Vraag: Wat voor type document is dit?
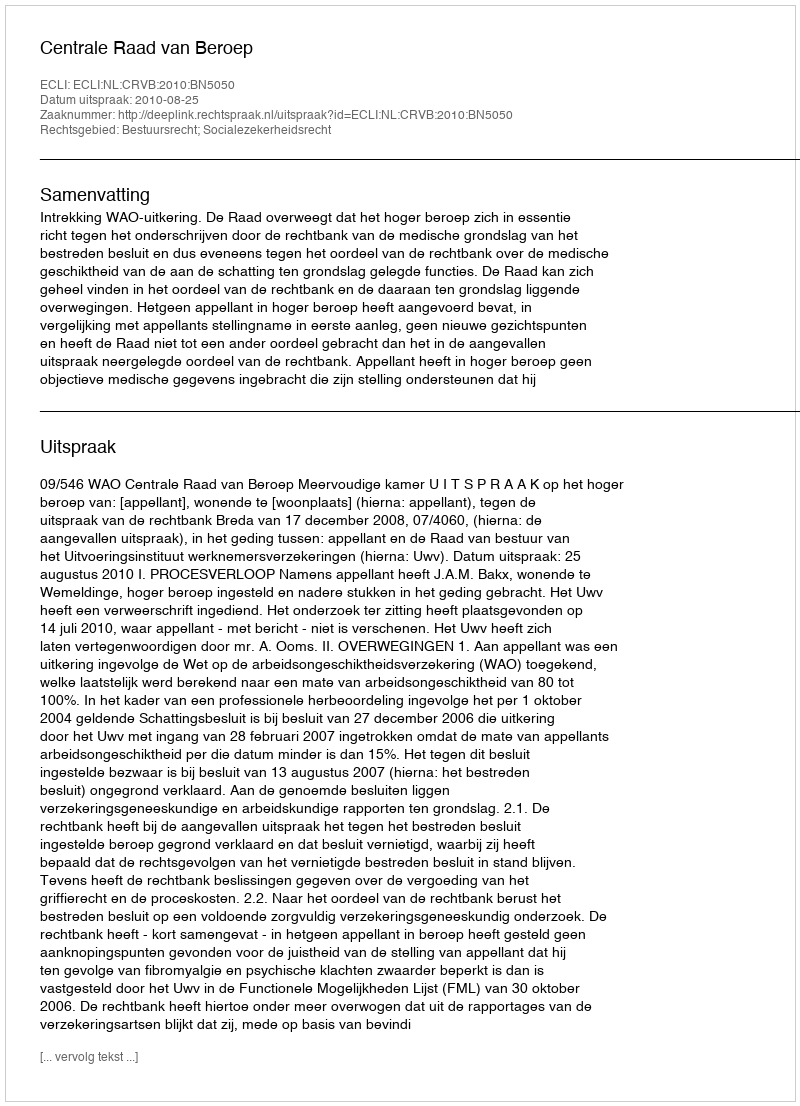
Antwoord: Uitspraak